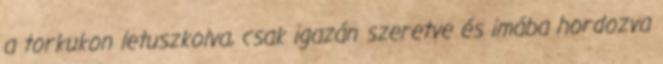
a torkukon letuszkolva, csak igazán szeretve és imába hordozva